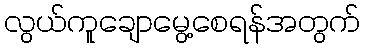
လွယ်ကူချောမွေ့စေရန်အတွက်